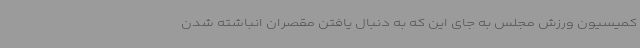
کمیسیون ورزش مجلس به جای این که به دنبال یافتن مقصران انباشته شدن